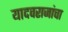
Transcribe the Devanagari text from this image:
यादवराजांचा